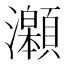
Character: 𤅆